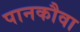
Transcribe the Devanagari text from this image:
पानकौवा